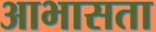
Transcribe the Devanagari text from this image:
आभासता